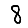
Digit: 8